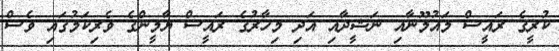
ކުރީގެ ރައީސް މައުމޫނާއި ނަޝީދާއި އަދި މިހާރުގެ ރައީސް ޔާމީންގެ ވެރިކަމުގައި ވެސް